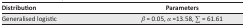
<table><thead><tr><td><b>Distribution</b></td><td><b>Parameters</b></td></tr></thead><tbody><tr><td>Generalised logistic</td><td><i>β</i> = 0.05, <i>α</i> =13.58, ∑ = 61.61</td></tr></tbody></table>